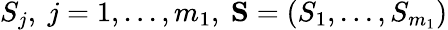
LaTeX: S_{j},\ j=1,...,m_{1},\ \textbf{S}=(S_{1},...,S_{m_{1}})